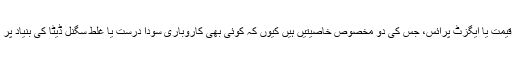
اختتامی قیمت یا ایگزٹ پرائس، جس کی دو مخصوص خاصیتیں ہیں کیوں کہ کوئی بھی کاروباری سودا درست یا غلط سگنل ڈیٹا کی بنیاد پر ہوتا ہے۔